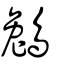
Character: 鵵